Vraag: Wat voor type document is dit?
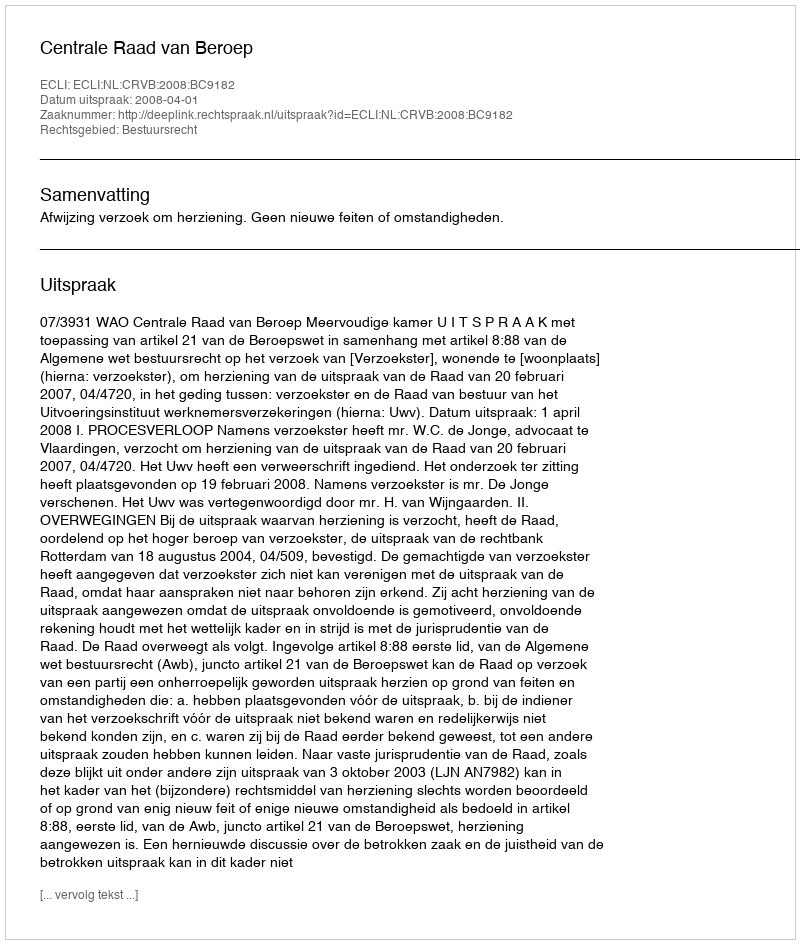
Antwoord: Uitspraak